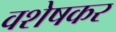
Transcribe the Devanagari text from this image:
वशेषकर